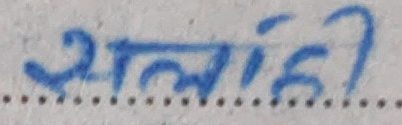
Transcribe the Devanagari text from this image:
सलाडी